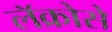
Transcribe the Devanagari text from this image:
लॅक्रोसे